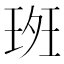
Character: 𰢀